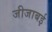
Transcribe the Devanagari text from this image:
जीजाबई